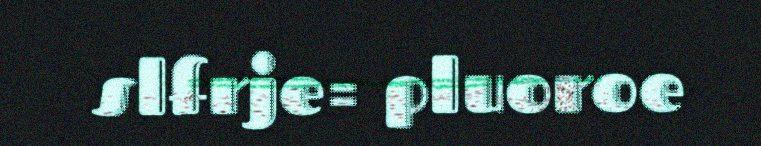
slfrje= pluoroe